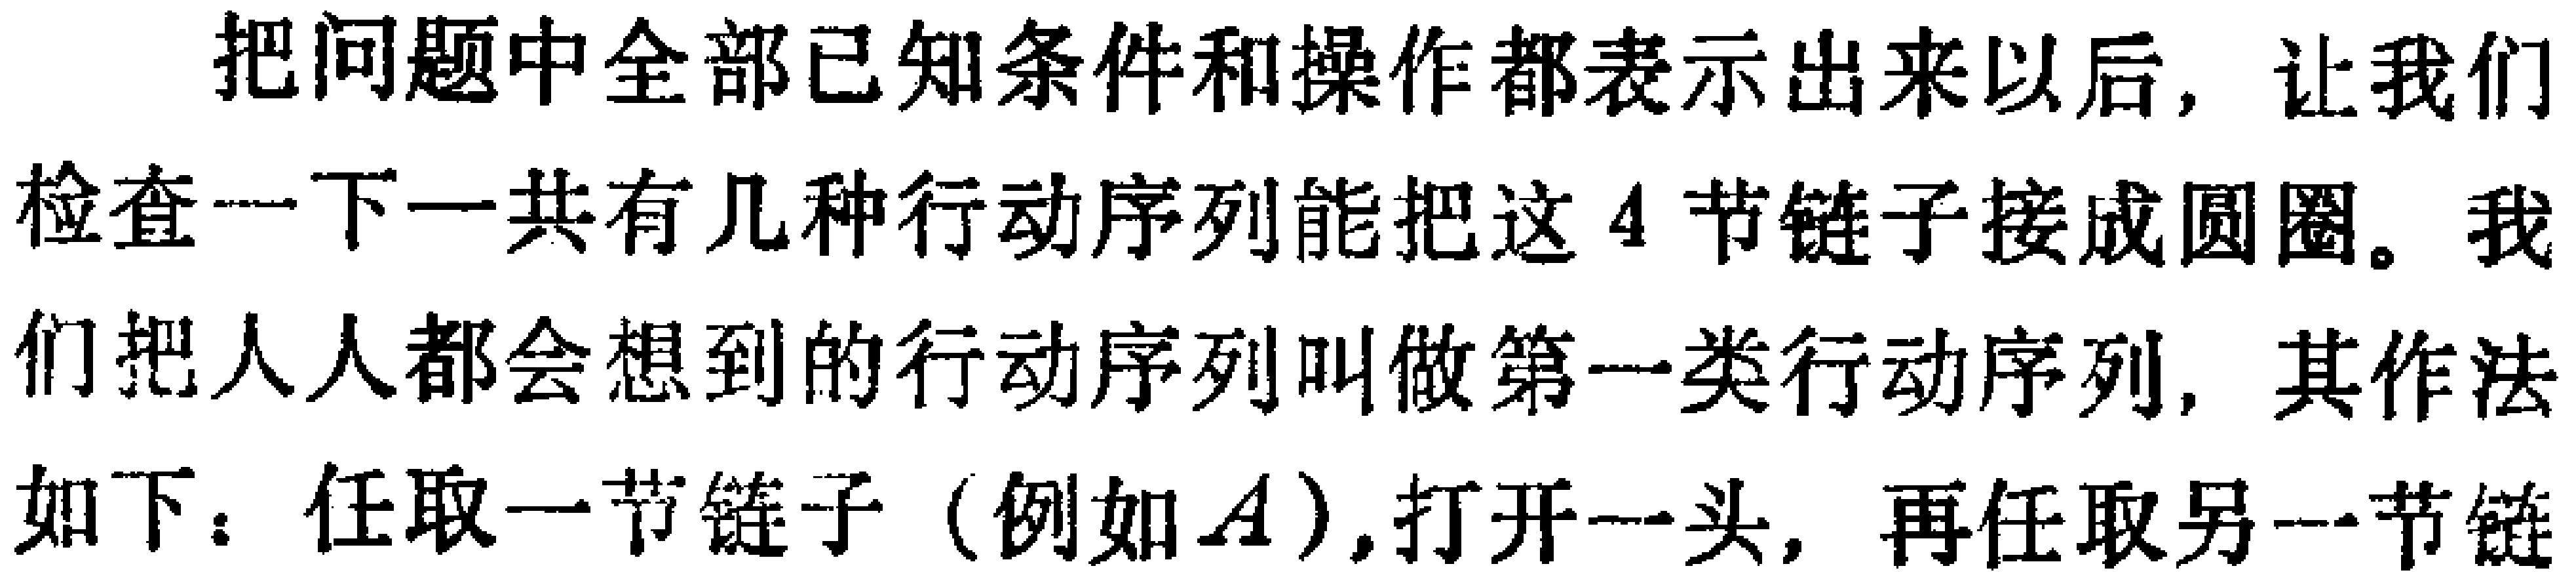
把问题中全部已知条件和操作都表示出来以后，让我们检查一下一共有几种行动序列能把这4节链子接成圆圈。我们把人人都会想到的行动序列叫做第一类行动序列，其作法如下：任取一节链子（例如\(A\)）,打开一头，再任取另一节链